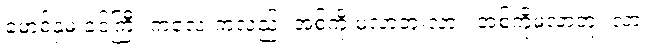
မောင့်နှမ ခင်ကြီး ကလေးကလည်း အစ်ကို မလာဘူးလား၊ အစ်ကိုမလာဘူး လား၊